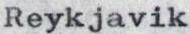
Reykjavik